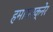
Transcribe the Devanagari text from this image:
हमायनक्नेर